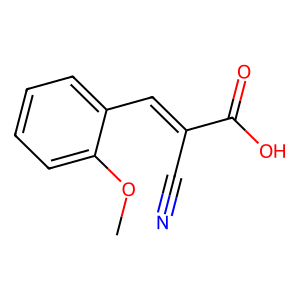
SMILES: COc1ccccc1C=C(C#N)C(=O)O
Inhibits HIV replication: No